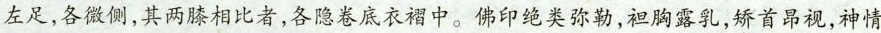
左足，各微侧，其两膝相比者，各隐卷底衣褶中。佛印绝类弥勒，袒胸露乳，矫首昂视，神情